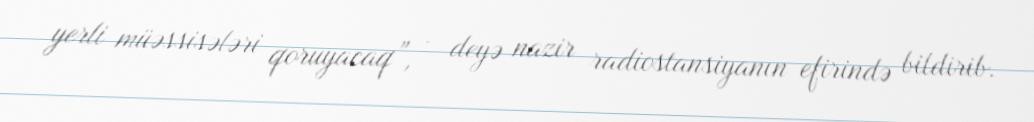
yerli müəssisələri qoruyacaq”, - deyə nazir radiostansiyanın efirində bildirib.